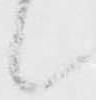
候